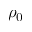
\rho _ { 0 }